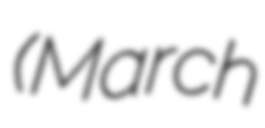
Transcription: (March